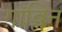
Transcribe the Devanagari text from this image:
ग़ॉब्लिन